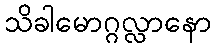
သိခါမောဂ္ဂလ္လာနော